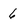
Character: 6